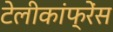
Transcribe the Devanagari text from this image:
टेलीकांफ्रेंस